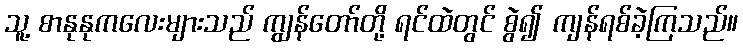
သူ့ စာနုနုကလေးများသည် ကျွန်တော်တို့ ရင်ထဲတွင် စွဲ၍ ကျန်ရစ်ခဲ့ကြသည်။